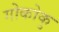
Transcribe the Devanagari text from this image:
गोकोकु